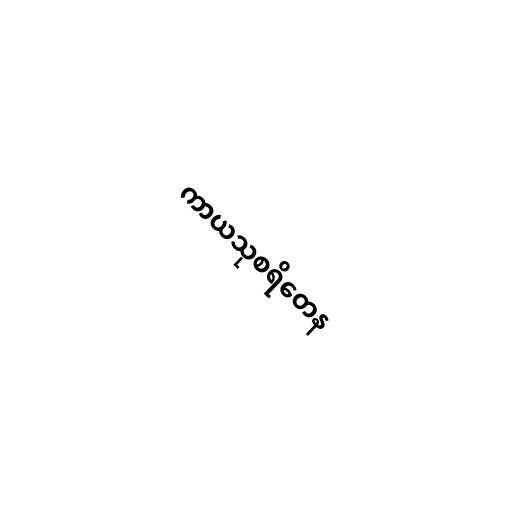
ကာယသုစရိတေန